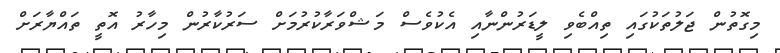
މިގޮތުން ޖަލުތަކުގައި ތިއްބެވި ލީޑަރުންނާއި އެކުވެސް މަޝްވަރާކުރުމަށް ސަރުކާރުން މިހާރު އޮތީ ތައްޔާރަށް